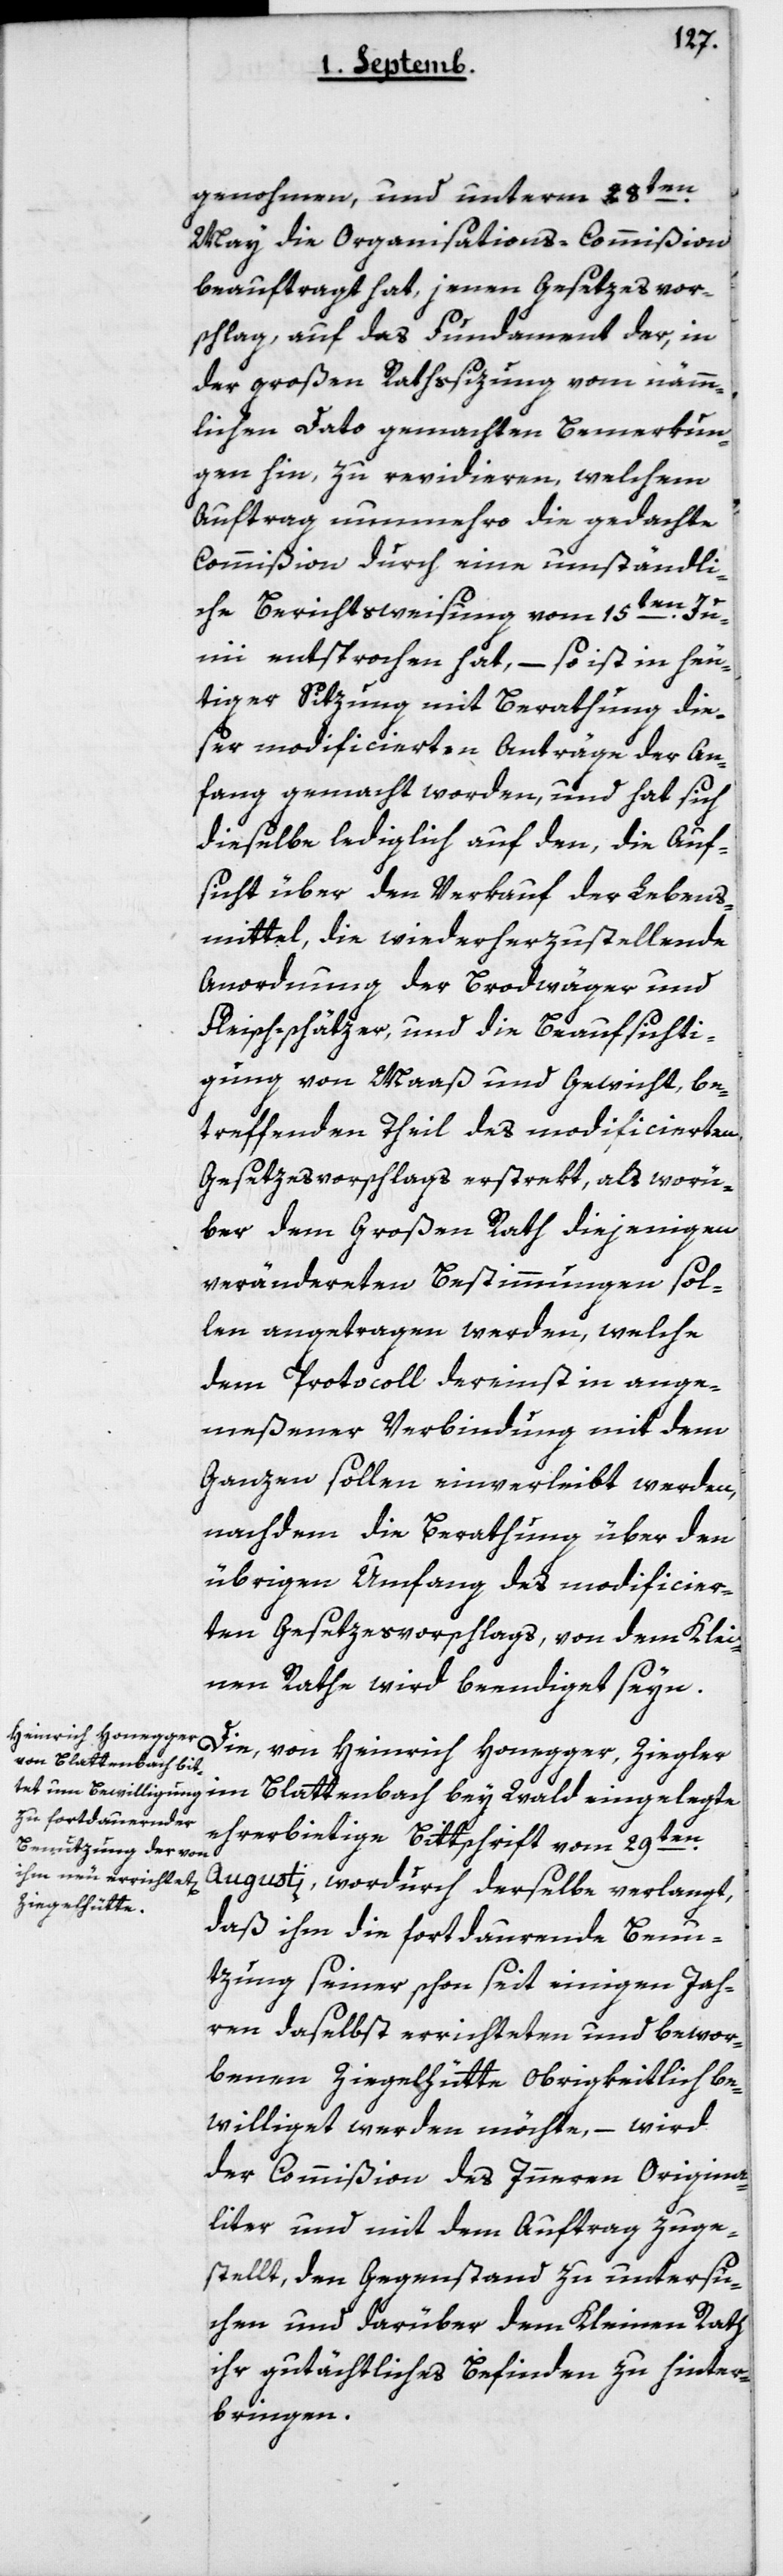
genohmen, und unterm 28ten
May die Organisations-Commißion
beauftragt hat, jenen Gesetzesvor¬
schlag, auf das Fundament der, in
der Großen-Raths-Sizung vom nämm¬
lichen dato gemachten Bemerkun¬
gen hin, zu revidieren, welchem
Auftrag nunmehro die gedachte
Commißion durch eine umständli¬
che Berichtsweisung vom 15ten Jun¬
ii entsprochen hat, – so ist in heu¬
tiger Sitzung mit Berathung die¬
ser modificierten Anträge der An¬
fang gemacht worden, und hat sich
dieselbe lediglich auf den, die Auf¬
sicht über den Verkauf der Lebens¬
mittel, die wiederherzustellende
Anordnung der Brodwäger und
Fleisch-schätzer, und die Beaufsichti¬
gung von Maß und Gewicht be¬
treffenden Theil des modificierten
Gesetzesvorschlags erstrekt, als worü¬
ber dem Großen Rath diejenigen
verändereten Bestimmungen sol¬
len angetragen werden, welche
dem Protocoll dereinst in ange¬
meßener Verbindung mit dem
Ganzen sollen einverleibt werden,
nachdem die Berathung über den
übrigen Umfang des modificier¬
ten Gesetzesvorschlags, von dem Klei¬
nen Rathe wird beendiget seyn.
Die von Heinrich Honegger, Ziegler
im Blattenbach bey Wald, eingelegte
ehrerbietige Bittschrift vom 29ten
Augusti, wordurch derselbe verlangt,
daß ihm die fortdauernde Benu¬
tzung seiner schon seit einigen Jah¬
ren daselbst errichteten und bewor¬
benen Ziegelhütte obrigkeitlich be¬
williget werden möchte, – wird
der Commißion des Innern Origina¬
liter und mit dem Auftrag zuge¬
stellt, den Gegenstand zu untersu¬
chen und darüber dem Kleinen Rath
ihr gutächtliches Befinden zu hinter¬
bringen.